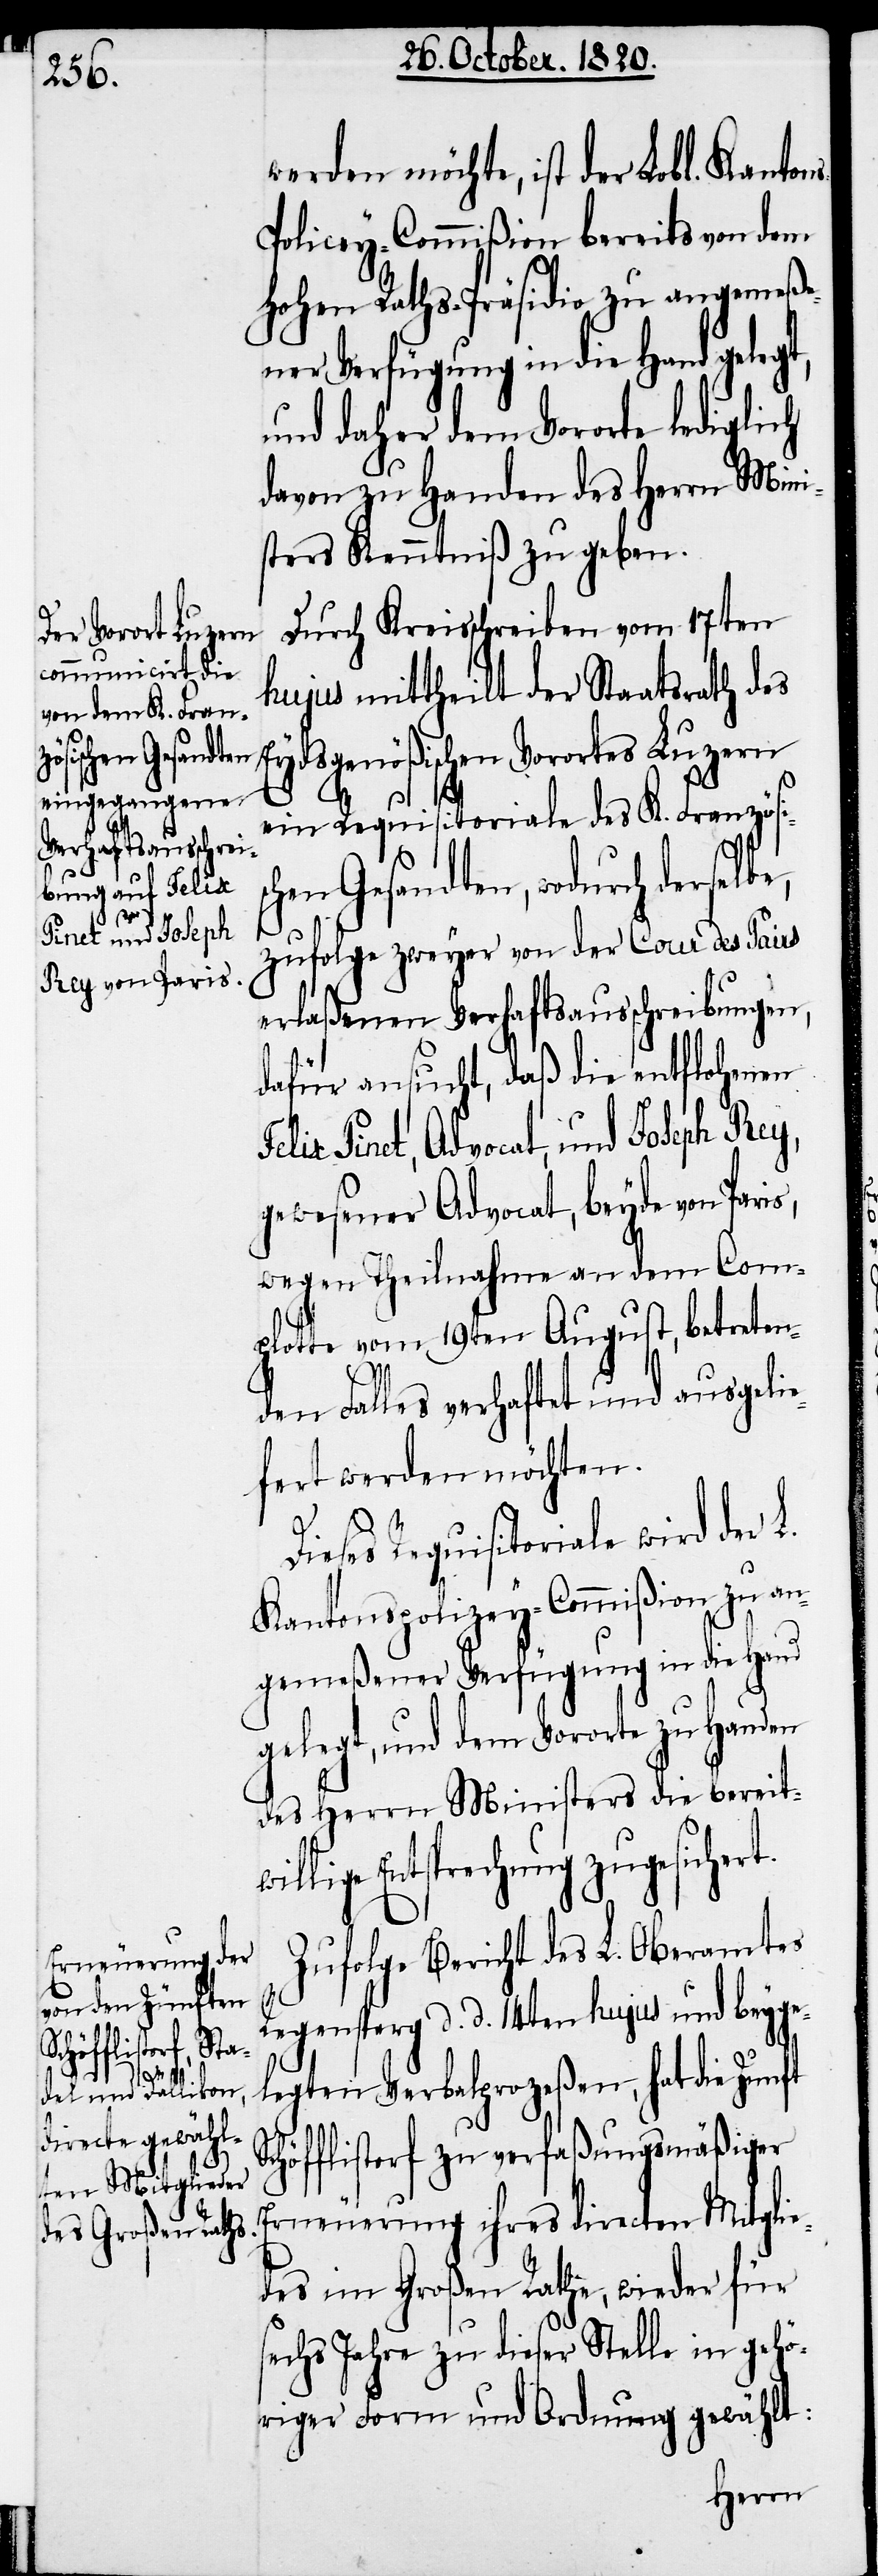
t.
ft S¬

werden möchte, ist der Lobl. Kanton¬
olicey-Commißion bereits von dem
hohen Raths-Präsidio zu angemeße¬
ner Verfügung in die Hand gelegt,
und daher dem Vororte lediglich
davon zu Handen des Herrn Mini¬
sters Kenntniß zu geben.
Durch Kreisschreiben vom 17ten
hujus mittheilt der Staatsrath des
Eydsgenößischen Vorortes Luzern
ein Requisitoriale des K. Französi¬
chen Gesandten, wodurch derselb¬
zufolge zweyer von der Cour des Pairs
erlaßenen Verhaftsausschreibungen,
dafür ansucht, daß die entflohenen
Pinet, Advocat, und Joseph Rey,
gewesener Advocat, beyde von Paris,
wegen Theilnahme an dem Com¬
plotte vom 19ten August, betreten¬
den Falles verhaftet und ausgelie¬
fert werden möchten.
ieses Requisitoriale wird der
Kantonspolizey-Commißion zu an¬
gemeßener Verfügung in die Hand
gelegt, und dem Vororte zu Handen
des Herrn Ministers die bereit¬
lige Entsprechung zugesicher¬
Zufolge Bericht des L. Oberamtes
Regensperg d. d. 14ten hujus und beyge¬
legten Verbalprozeßen, hat die Zun¬
chöfflistorf zu verfaßungsmäßiger
Erneuerung ihres directen Mitglie¬
des im Großen Rathe, wieder für
sechs Jahre zu dieser Stelle in gehö¬
riger Form und Ordnung gewählt: